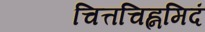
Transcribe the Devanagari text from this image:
चित्तचिह्नमिदं